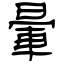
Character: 暈